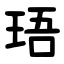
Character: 珸